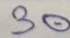
30